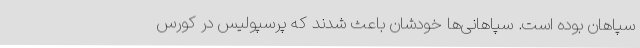
سپاهان بوده است. سپاهانی‌ها خودشان باعث شدند که پرسپولیس در کورس